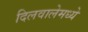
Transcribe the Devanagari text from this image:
दिलवालेमध्ये